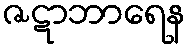
ဇဋာဘာရေန